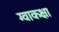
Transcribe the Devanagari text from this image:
ग्वाकक्षा